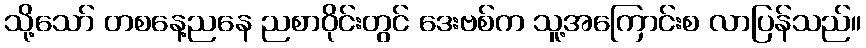
သို့သော် တစနေ့ညနေ ညစာဝိုင်းတွင် ဒေးဗစ်က သူ့အကြောင်းစ လာပြန်သည်။